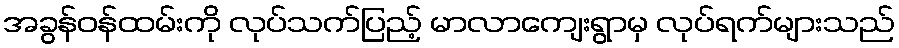
အခွန်ဝန်ထမ်းကို လုပ်သက်ပြည့် မာလာကျေးရွာမှ လုပ်ရက်များသည်